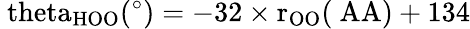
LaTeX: \mathrm{\ theta_{HOO}(^{\circ})=-32\times r_{OO}(\ AA)+134}